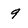
Character: 9